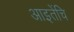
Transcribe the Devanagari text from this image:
आइतेंचि